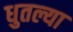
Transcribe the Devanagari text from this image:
धुतल्या